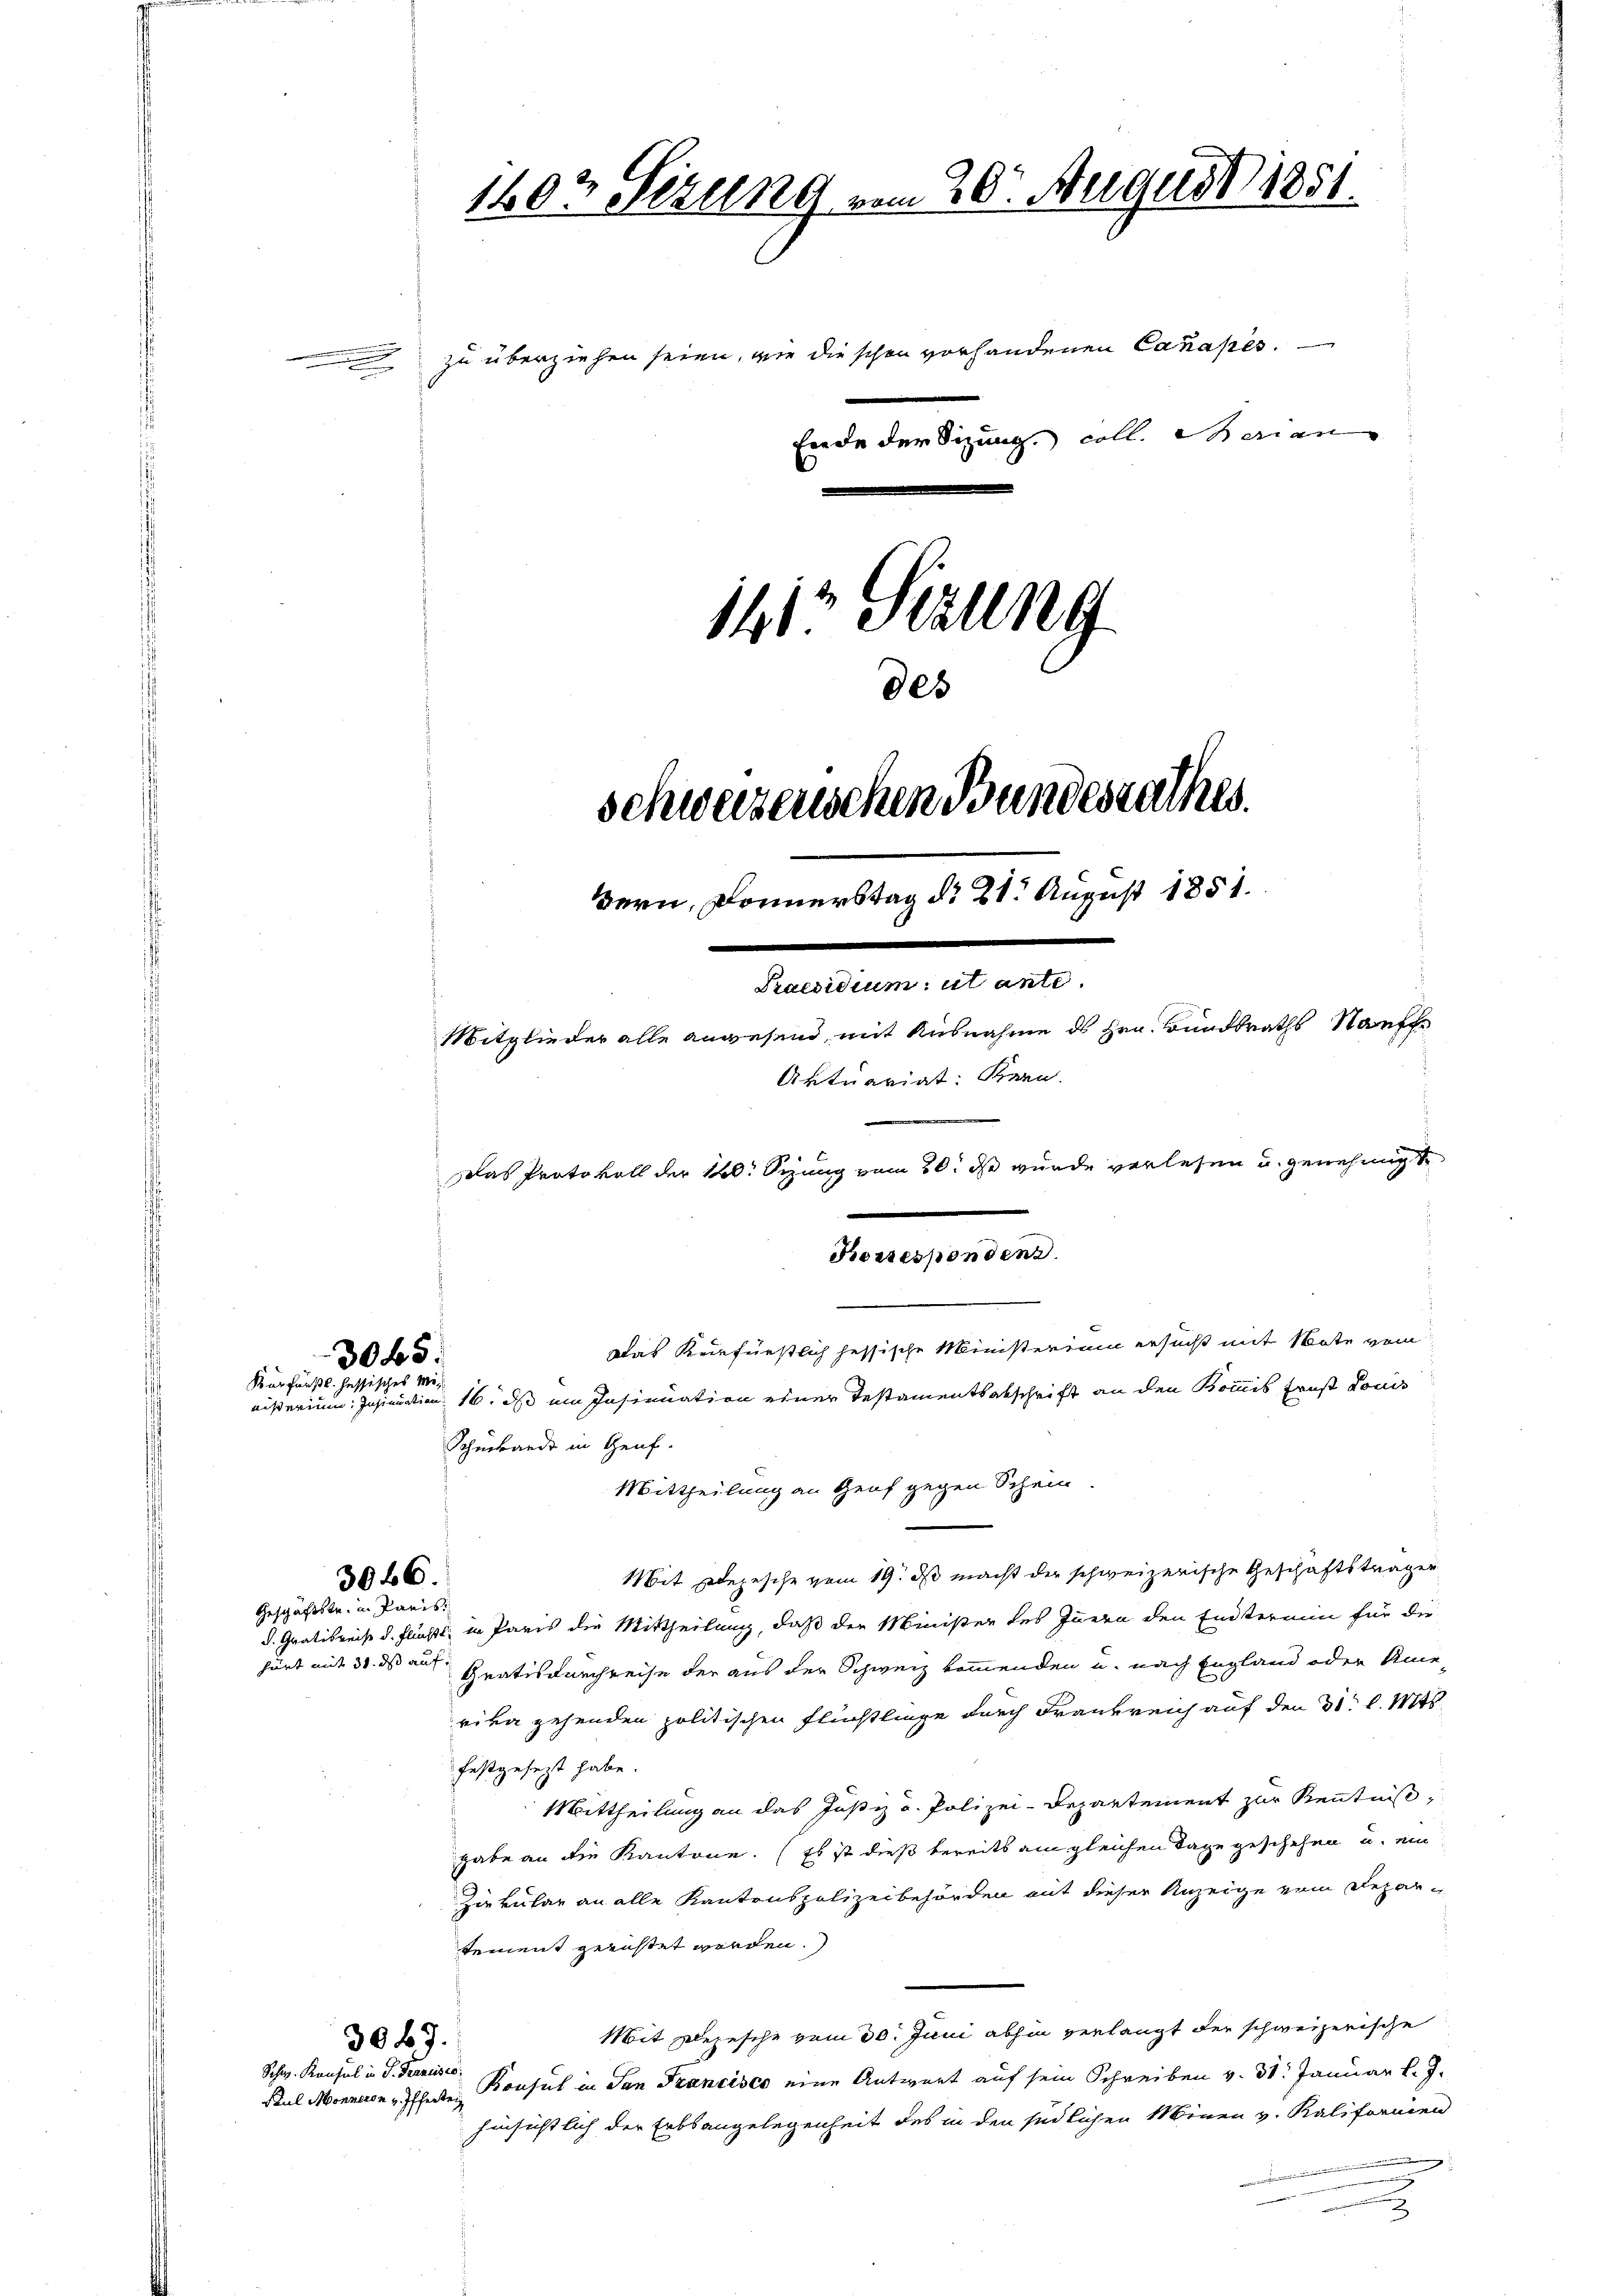
.

3045.
Kurfürstl. fessisches Mo

Geschäftstr. in Paris
furt mit 31. ds auf

3046.

3067.
Schw. Konsul in P. Ferneises

1403 Sezung vom 20. August 1851.

141' Sizung
00x
schweizerischen Bundesrathes.
Bern, Donnerstag d. 21. August 1851.
Praesidium, ut ante.
Mitglieder alle anwesend, mit Ausnahme des Hrn. Bundsraths Stauff
Aktuariat: Bern.
Das Protokoll der 10. Sezung vom 20. ds wurde verlesen u. genehmigt
Korresponden.
Das Keinfürstlich hessische Ministerium ersucht mit Note vom
eisterium nation 16. ds ein Insinuation einer Testamentsabschrift an den Kommis Früß Louis

Schenbande in Genf.

zu überziehen seien, wie die schon vorhandenen Canases.
Ende der Sizung coll. Merian

Mittheilung an Genf gegen Schein

Mit Depesche vom 19. ds macht der schweizerische Geschäftsträger
d. Gratisreise d. Flußt, in Paris die Mittheilung, daß der Minister des Innern den Endtermin für die
Quatisdurchreise der aus der Schweiz kommenden u. nach England oder Ameriva gehenden politischen Flüchtlinge durch Frankreich auf den 31. d. Mts.
festgesezt habe.
Mittheilung an das Justiz u. Polizei-Departement zur Kenntniß,
gabe an die Kantone. (Es ist dieß bereits am gleichen Tage geschehen u. ein
Ziekular an alle Kantonspolizeibehörden mit dieser Anzeige vom Departement gerichtet worden.
Mit Depesche vom 30. Juni abhin verlangt der schweizerische
Paul Monneren Pflerte Bonsul in San Francisco eine Antwort auf sein Schreiben v. 31. Januar l. J.
hinsichtlich der Erbsangelegenheit des in den südlichen Minen v. Kaliformen